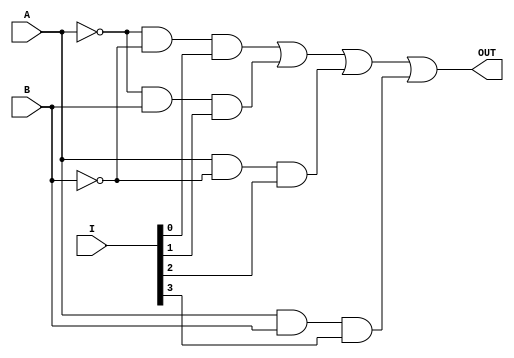
`timescale 1ns / 1ps
//////////////////////////////////////////////////////////////////////////////////
// Company: 
// Engineer: 
// 
// Design Name: 
// Module Name:    MUX_4_1 
// Project Name: 
// Target Devices: 
// Tool versions: 
// Description: 
//
// Dependencies: 
//
// Revision: 
// Revision 0.01 - File Created
// Additional Comments: 
//
//////////////////////////////////////////////////////////////////////////////////
module MUX_4_1(I,A,B,OUT);
	input [3:0]I;
	input A,B;
	output OUT;
	wire [3:0]w;
	wire [1:0]n;
	not n1(n[0],A),
		 n2(n[1],B);
	and a1(w[0],n[0],n[1],I[0]),
		 a2(w[1],n[0],B,I[1]),
		 a3(w[2],A,n[1],I[2]),
		 a4(w[3],A,B,I[3]);
	or (OUT,w[0],w[1],w[2],w[3]);


endmodule